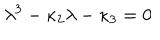
\lambda ^ { 3 } - \kappa _ { 2 } \lambda - \kappa _ { 3 } = 0